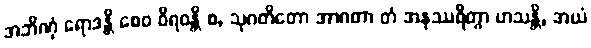
အဘိဏှံ ရောဒန္တိ စေဝ ဝိရဝန္တိ စ, သုဂတိတော အာဂတာ တံ အနုဿရိတွာ ဟသန္တိ, အယံ